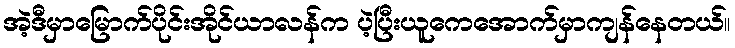
အဲ့ဒီမှာမြောက်ပိုင်းအိုင်ယာလန်က ပဲ့ပြီးယူကေအောက်မှာကျန်နေတယ်။